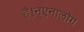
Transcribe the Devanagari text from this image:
है।न्एनालॉग